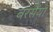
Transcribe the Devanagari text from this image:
बरसैंया